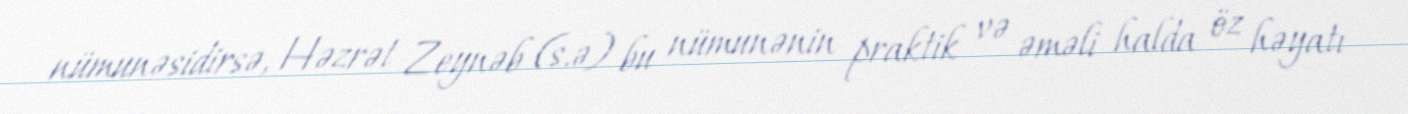
nümunəsidirsə, Həzrət Zeynəb (s.ə) bu nümunənin praktik və əməli halda öz həyatı